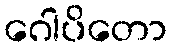
ဂေါပိတော